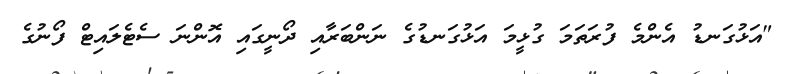
"އަޅުގަނޑު އެންމެ ފުރަތަމަ ގުޅީމަ އަޅުގަނޑުގެ ނަންބަރާއި ދޯނީގައި އޮންނަ ސެޓެލައިޓް ފޯނުގެ